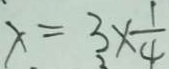
x = 3 \times \frac { 1 } { 4 }